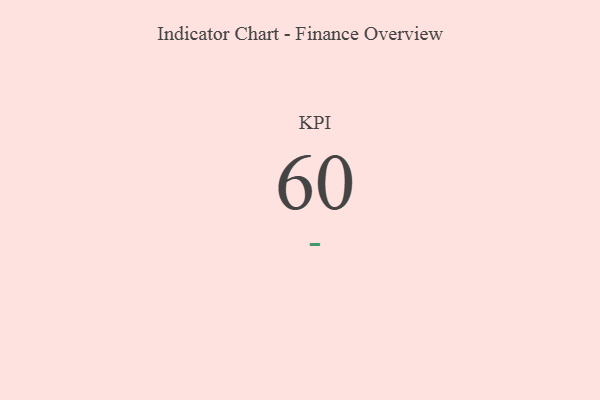
{"axis": {"x": "KPI", "y": "Value"}, "legend": [""], "data": [{"x": "KPI", "y": 60, "type": ""}]}